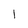
Character: 1